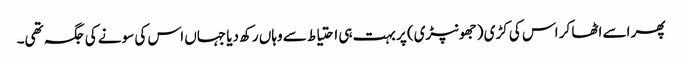
پھر اسے اٹھا کر اس کی کڑی (جھونپڑی) پر بہت ہی احتیاط سے وہاں رکھ دیا جہاں اس کی سونے کی جگہ تھی۔